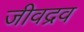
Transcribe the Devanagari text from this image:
जीवद्रव